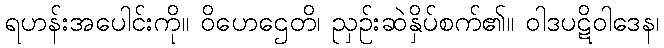
ရဟန်းအပေါင်းကို။ ဝိဟေဌေတိ၊ ညှဉ်းဆဲနှိပ်စက်၏။ ဝါဒပဋိဝါဒေန၊